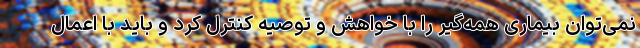
نمی‌توان بیماری همه‌گیر را با خواهش و توصیه کنترل کرد و باید با اِعمال